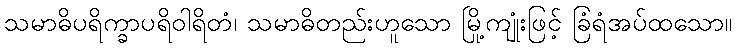
သမာဓိပရိက္ခာပရိဝါရိတံ၊ သမာဓိတည်းဟူသော မြို့ကျုံးဖြင့် ခြံရံအပ်ထသော။